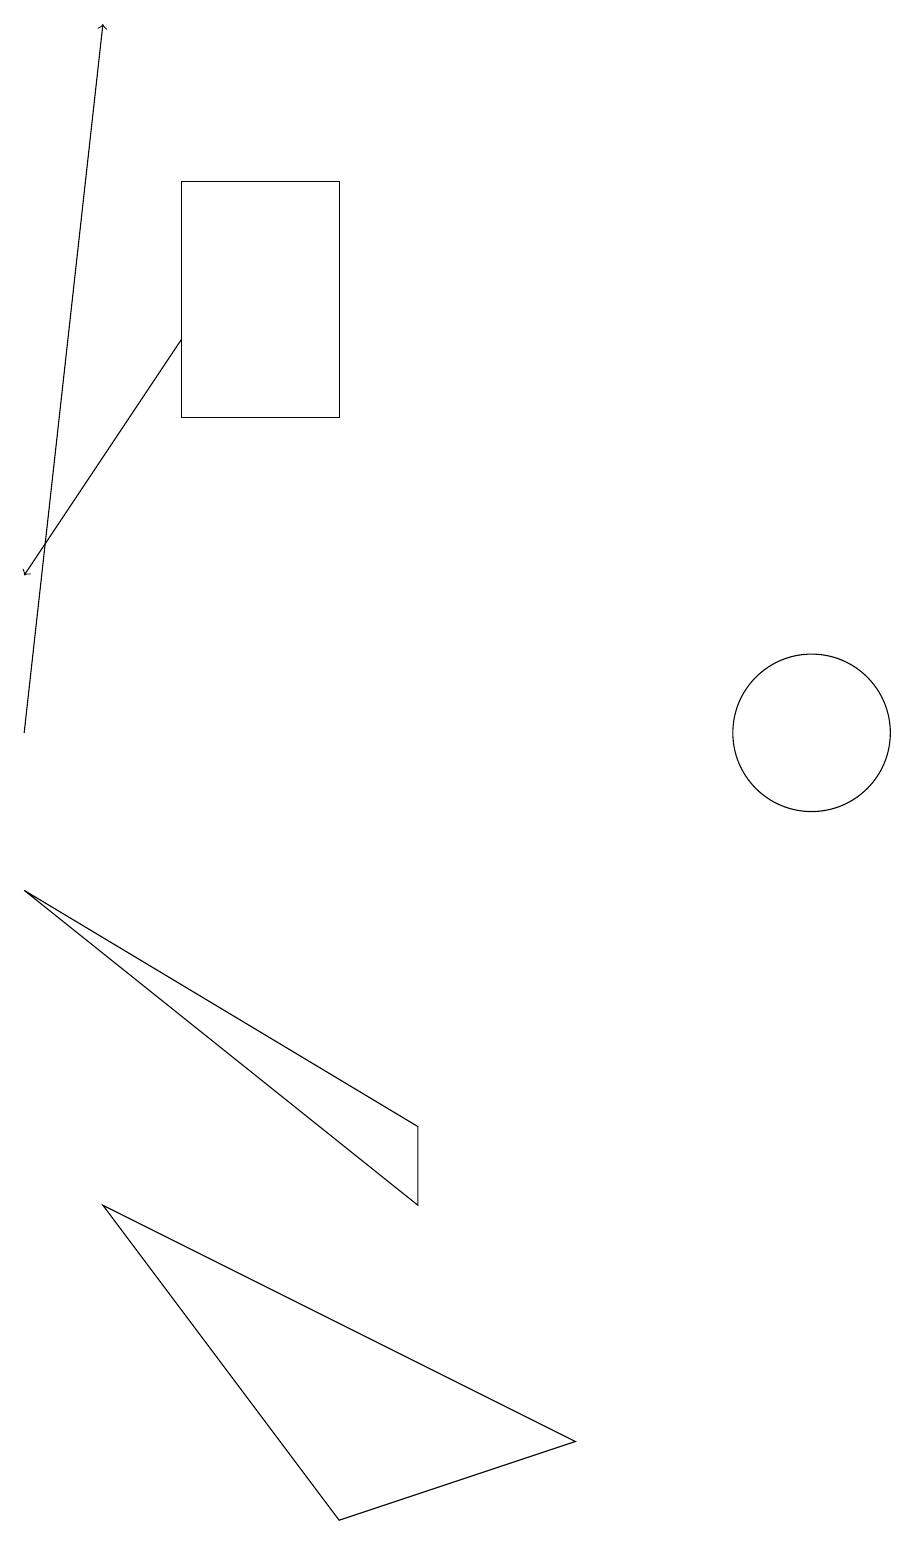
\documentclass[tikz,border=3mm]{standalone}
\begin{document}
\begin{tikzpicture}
\draw[->] (0,10) -- (1,19);
\draw (0,8) -- (5,4) -- (5,5) -- cycle;
\draw[->] (2,15) -- (0,12);
\draw (2,17) rectangle (4,14);
\draw (10,10) circle (1);
\draw (7,1) -- (1,4) -- (4,0) -- cycle;
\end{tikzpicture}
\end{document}